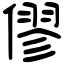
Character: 僇